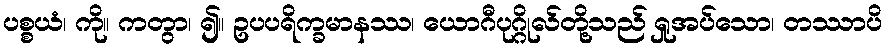
ပစ္စယံ၊ ကို။ ကတွာ၊ ၍။ ဥပပရိက္ခမာနဿ၊ ယောဂီပုဂ္ဂိုလ်တို့သည် ရှုအပ်သော၊ တဿာပိ